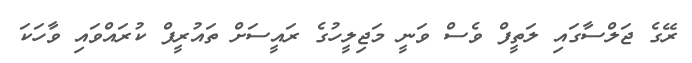
ރޭގެ ޖަލްސާގައި ލަތީފް ވެސް ވަނީ މަޖިލީހުގެ ރައީސަށް ތައުރީފް ކުރައްވައި ވާހަކަ